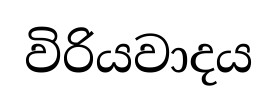
විරියවාදය